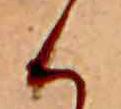
く